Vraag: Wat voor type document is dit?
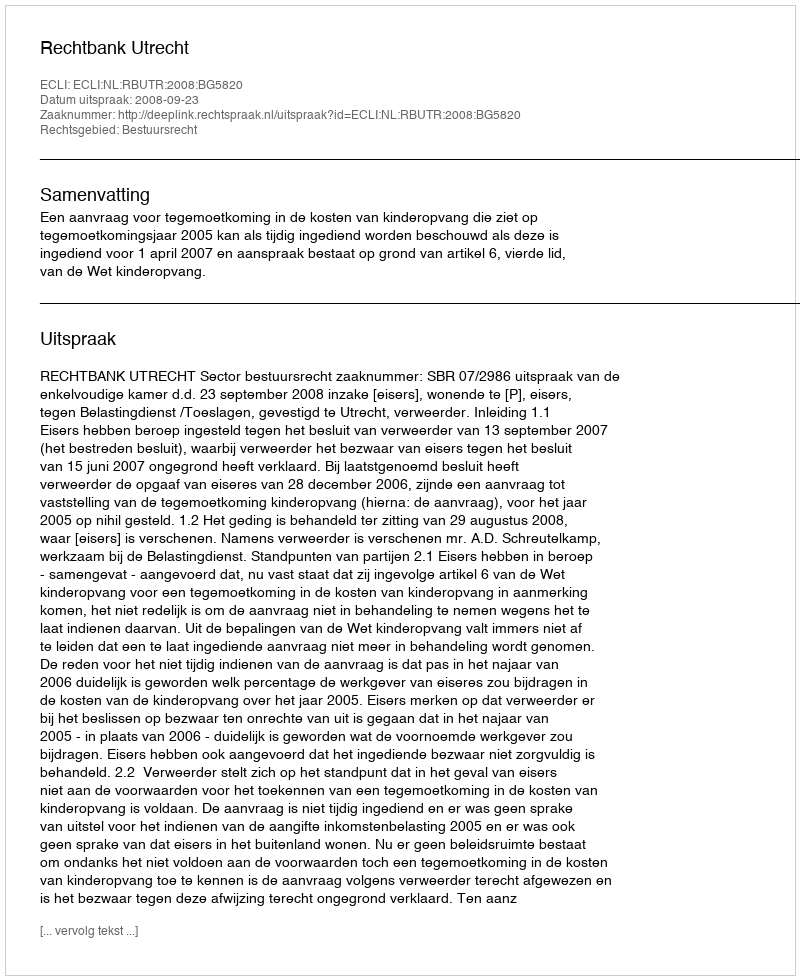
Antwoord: Uitspraak